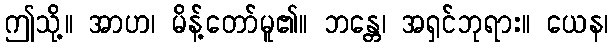
ဤသို့။ အာဟ၊ မိန့်တော်မူ၏။ ဘန္တေ၊ အရှင်ဘုရား။ ယေန၊